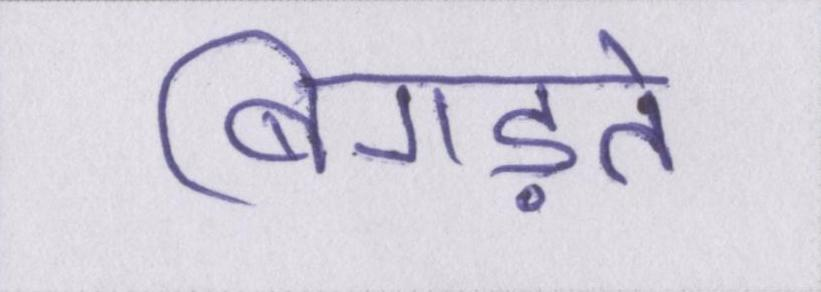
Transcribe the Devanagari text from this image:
बिगड़ते